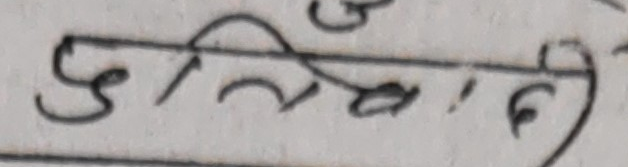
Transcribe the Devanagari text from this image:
उल्लेख गर्दा